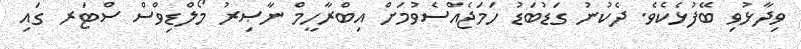
ވިދާޅުވި ބޭފުޅެކެވެ. ދެކުނު ގަޑުބަޑު ހަމަޖެއްސެވުމަށް އިބްރާހީމް ނާޞިރު މޯލްޑިވްސް ސްޓަރ ގައި